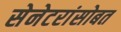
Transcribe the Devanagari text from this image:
सेनेटरांसोबत